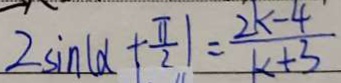
2 \sin ( \alpha + \frac { \pi } { 2 } ) = \frac { 2 k - 4 } { k + 3 }